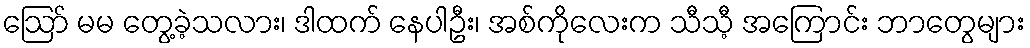
ဪ မမ တွေ့ခဲ့သလား၊ ဒါထက် နေပါဦး၊ အစ်ကိုလေးက သီသီ့ အကြောင်း ဘာတွေများ